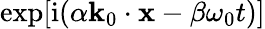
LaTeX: \exp[\mathrm{i}(\alpha\mathbf{k}_{0}\cdot\mathbf{x}-\beta\omega_{0}t)]